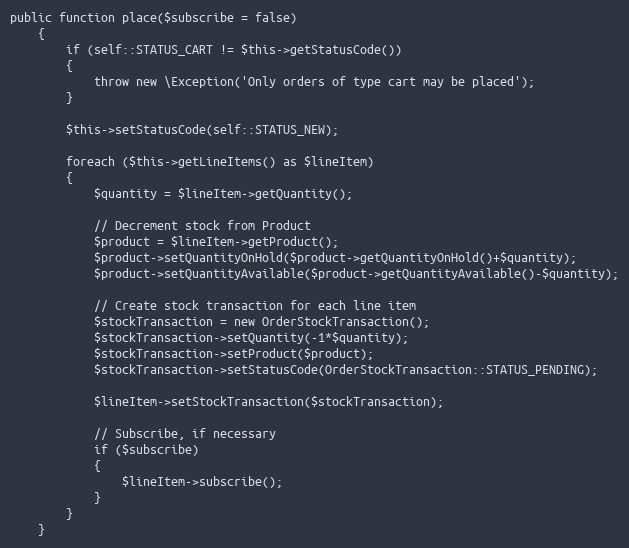
Language: PHP
public function place($subscribe = false)
    {
        if (self::STATUS_CART != $this->getStatusCode())
        {
            throw new \Exception('Only orders of type cart may be placed');
        }

        $this->setStatusCode(self::STATUS_NEW);

        foreach ($this->getLineItems() as $lineItem)
        {
            $quantity = $lineItem->getQuantity();

            // Decrement stock from Product
            $product = $lineItem->getProduct();
            $product->setQuantityOnHold($product->getQuantityOnHold()+$quantity);
            $product->setQuantityAvailable($product->getQuantityAvailable()-$quantity);

            // Create stock transaction for each line item
            $stockTransaction = new OrderStockTransaction();
            $stockTransaction->setQuantity(-1*$quantity);
            $stockTransaction->setProduct($product);
            $stockTransaction->setStatusCode(OrderStockTransaction::STATUS_PENDING);

            $lineItem->setStockTransaction($stockTransaction);

            // Subscribe, if necessary
            if ($subscribe)
            {
                $lineItem->subscribe();
            }
        }
    }